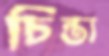
চিন্ত্য